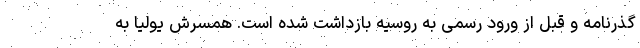
گذرنامه و قبل از ورود رسمی به روسیه بازداشت شده است. همسرش یولیا به